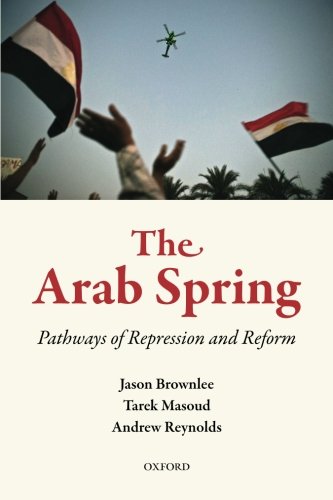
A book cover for The Arab Spring: Pathways of Repression and Reform; Jason Brownlee; Law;